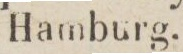
i Hamburg.